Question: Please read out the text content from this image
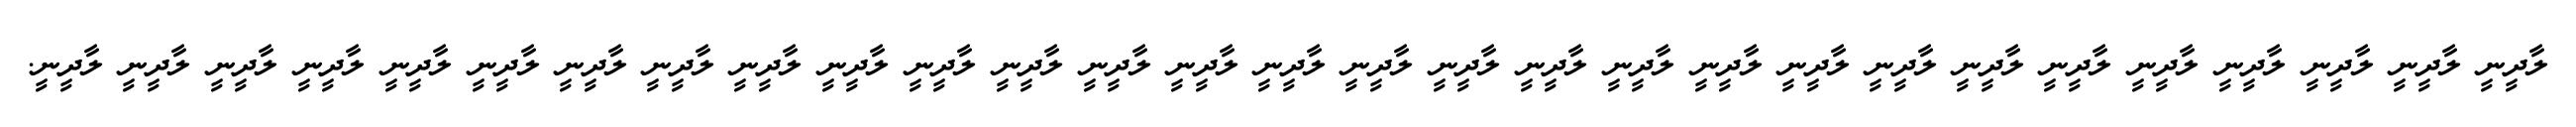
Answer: ލާދީނީ ލާދީނީ ލާދީނީ ލާދީނީ ލާދީނީ ލާދީނީ ލާދީނީ ލާދީނީ ލާދީނީ ލާދީނީ ލާދީނީ ލާދީނީ ލާދީނީ ލާދީނީ ލާދީނީ ލާދީނީ ލާދީނީ ލާދީނީ ލާދީނީ ލާދީނީ ލާދީނީ ލާދީނީ ލާދީނީ ލާދީނީ ލާދީނީ ލާދީނީ ލާދީނީ ލާދީނީ ލާދީނީ.